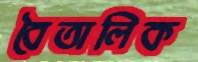
বৈতালিক